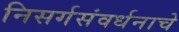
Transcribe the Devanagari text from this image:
निसर्गसंवर्धनाचे